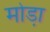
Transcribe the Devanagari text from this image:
मोडा़